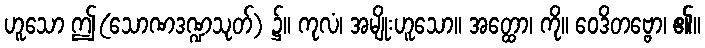
ဟူသော ဤ(သောဏဒဏ္ဍသုတ်) ၌။ ကုလံ၊ အမျိုးဟူသော။ အတ္ထော၊ ကို။ ဝေဒိတဗ္ဗော၊ ၏။